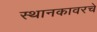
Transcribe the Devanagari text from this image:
स्थानकावरचे